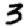
Digit: 3